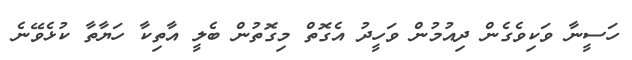
ހަސީނާ ވަކިވެގެން ދިއުމުން ވަހީދު އެގޮތް މިގޮތުން ބެލީ އާތިކާ ހަޔާތާ ކުޅެވޭނެ